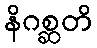
နိဂစ္ဆတိ